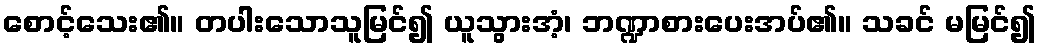
စောင့်သေး၏။ တပါးသောသူမြင်၍ ယူသွားအံ့၊ ဘဏ္ဍာစားပေးအပ်၏။ သခင် မမြင်၍